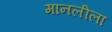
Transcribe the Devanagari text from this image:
मानलीला